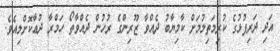
އަދި ދަރިފުޅުގެ ކުރިމަތިލުމަށް ކާމިޔާބު ދެއްވާ ޒޫރިންގެ ރުހުން ދެއްވާތޯ ހަމްރާ ދުޢާކޮށްލިއެވެ.